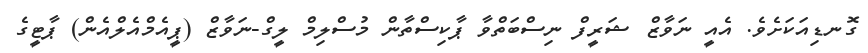
ގޮނޑިއަކަށެވެ. އެއީ ނަވާޒް ޝަރީފް ނިސްބަތްވާ ޕާކިސްތާން މުސްލިމް ލީގް-ނަވާޒް (ޕީއެމްއެލްއެން) ޕާޓީގެ